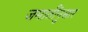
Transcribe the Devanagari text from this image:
जमातींनुसार